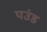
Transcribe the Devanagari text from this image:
पउंड